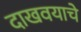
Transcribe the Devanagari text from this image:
दाखवयाचे